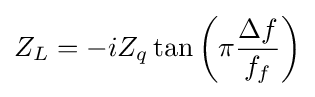
Z_{L}=-iZ_{q}\tan \left(\pi {\frac {\Delta f}{f_{f}}}\right)